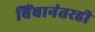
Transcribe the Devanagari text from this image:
बिंबानंतरही